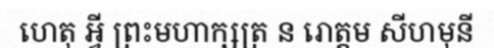
ហេតុ អ្វី ព្រះមហាក្សត្រ ន រោត្តម សីហមុនី